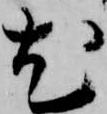
尤